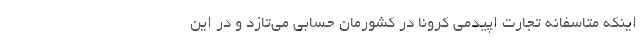
اینکه متاسفانه تجارت اپیدمی کرونا در کشورمان حسابی می‌تازد و در این